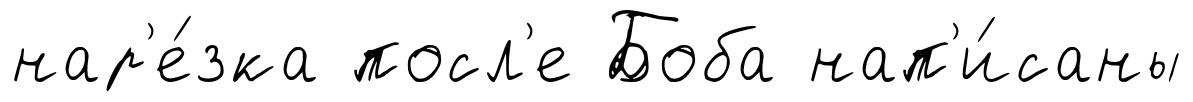
нар'е́зка посл'е Боба нап'и́саны